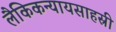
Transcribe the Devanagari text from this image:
लैकिकन्यायसाहस्री